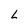
Character: L